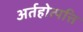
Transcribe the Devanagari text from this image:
अर्तहोत्पत्ति